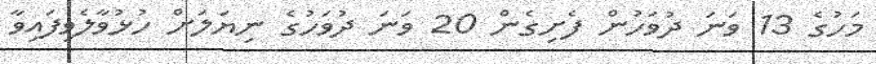
މަހުގެ 13 ވަނަ ދުވަހުން ފެށިގެން 20 ވަނަ ދުވަހުގެ ނިޔަލަށް ހުޅުވާލެވިފައިވާ